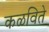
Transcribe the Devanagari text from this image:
कळविते